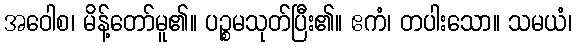
အဝေါစ၊ မိန့်တော်မူ၏။ ပဉ္စမသုတ်ပြီး၏။ ဧကံ၊ တပါးသော။ သမယံ၊